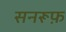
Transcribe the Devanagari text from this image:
सनरूफ़